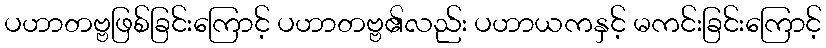
ပဟာတဗ္ဗဖြစ်ခြင်းကြောင့် ပဟာတဗ္ဗ၏လည်း ပဟာယကနှင့် မကင်းခြင်းကြောင့်